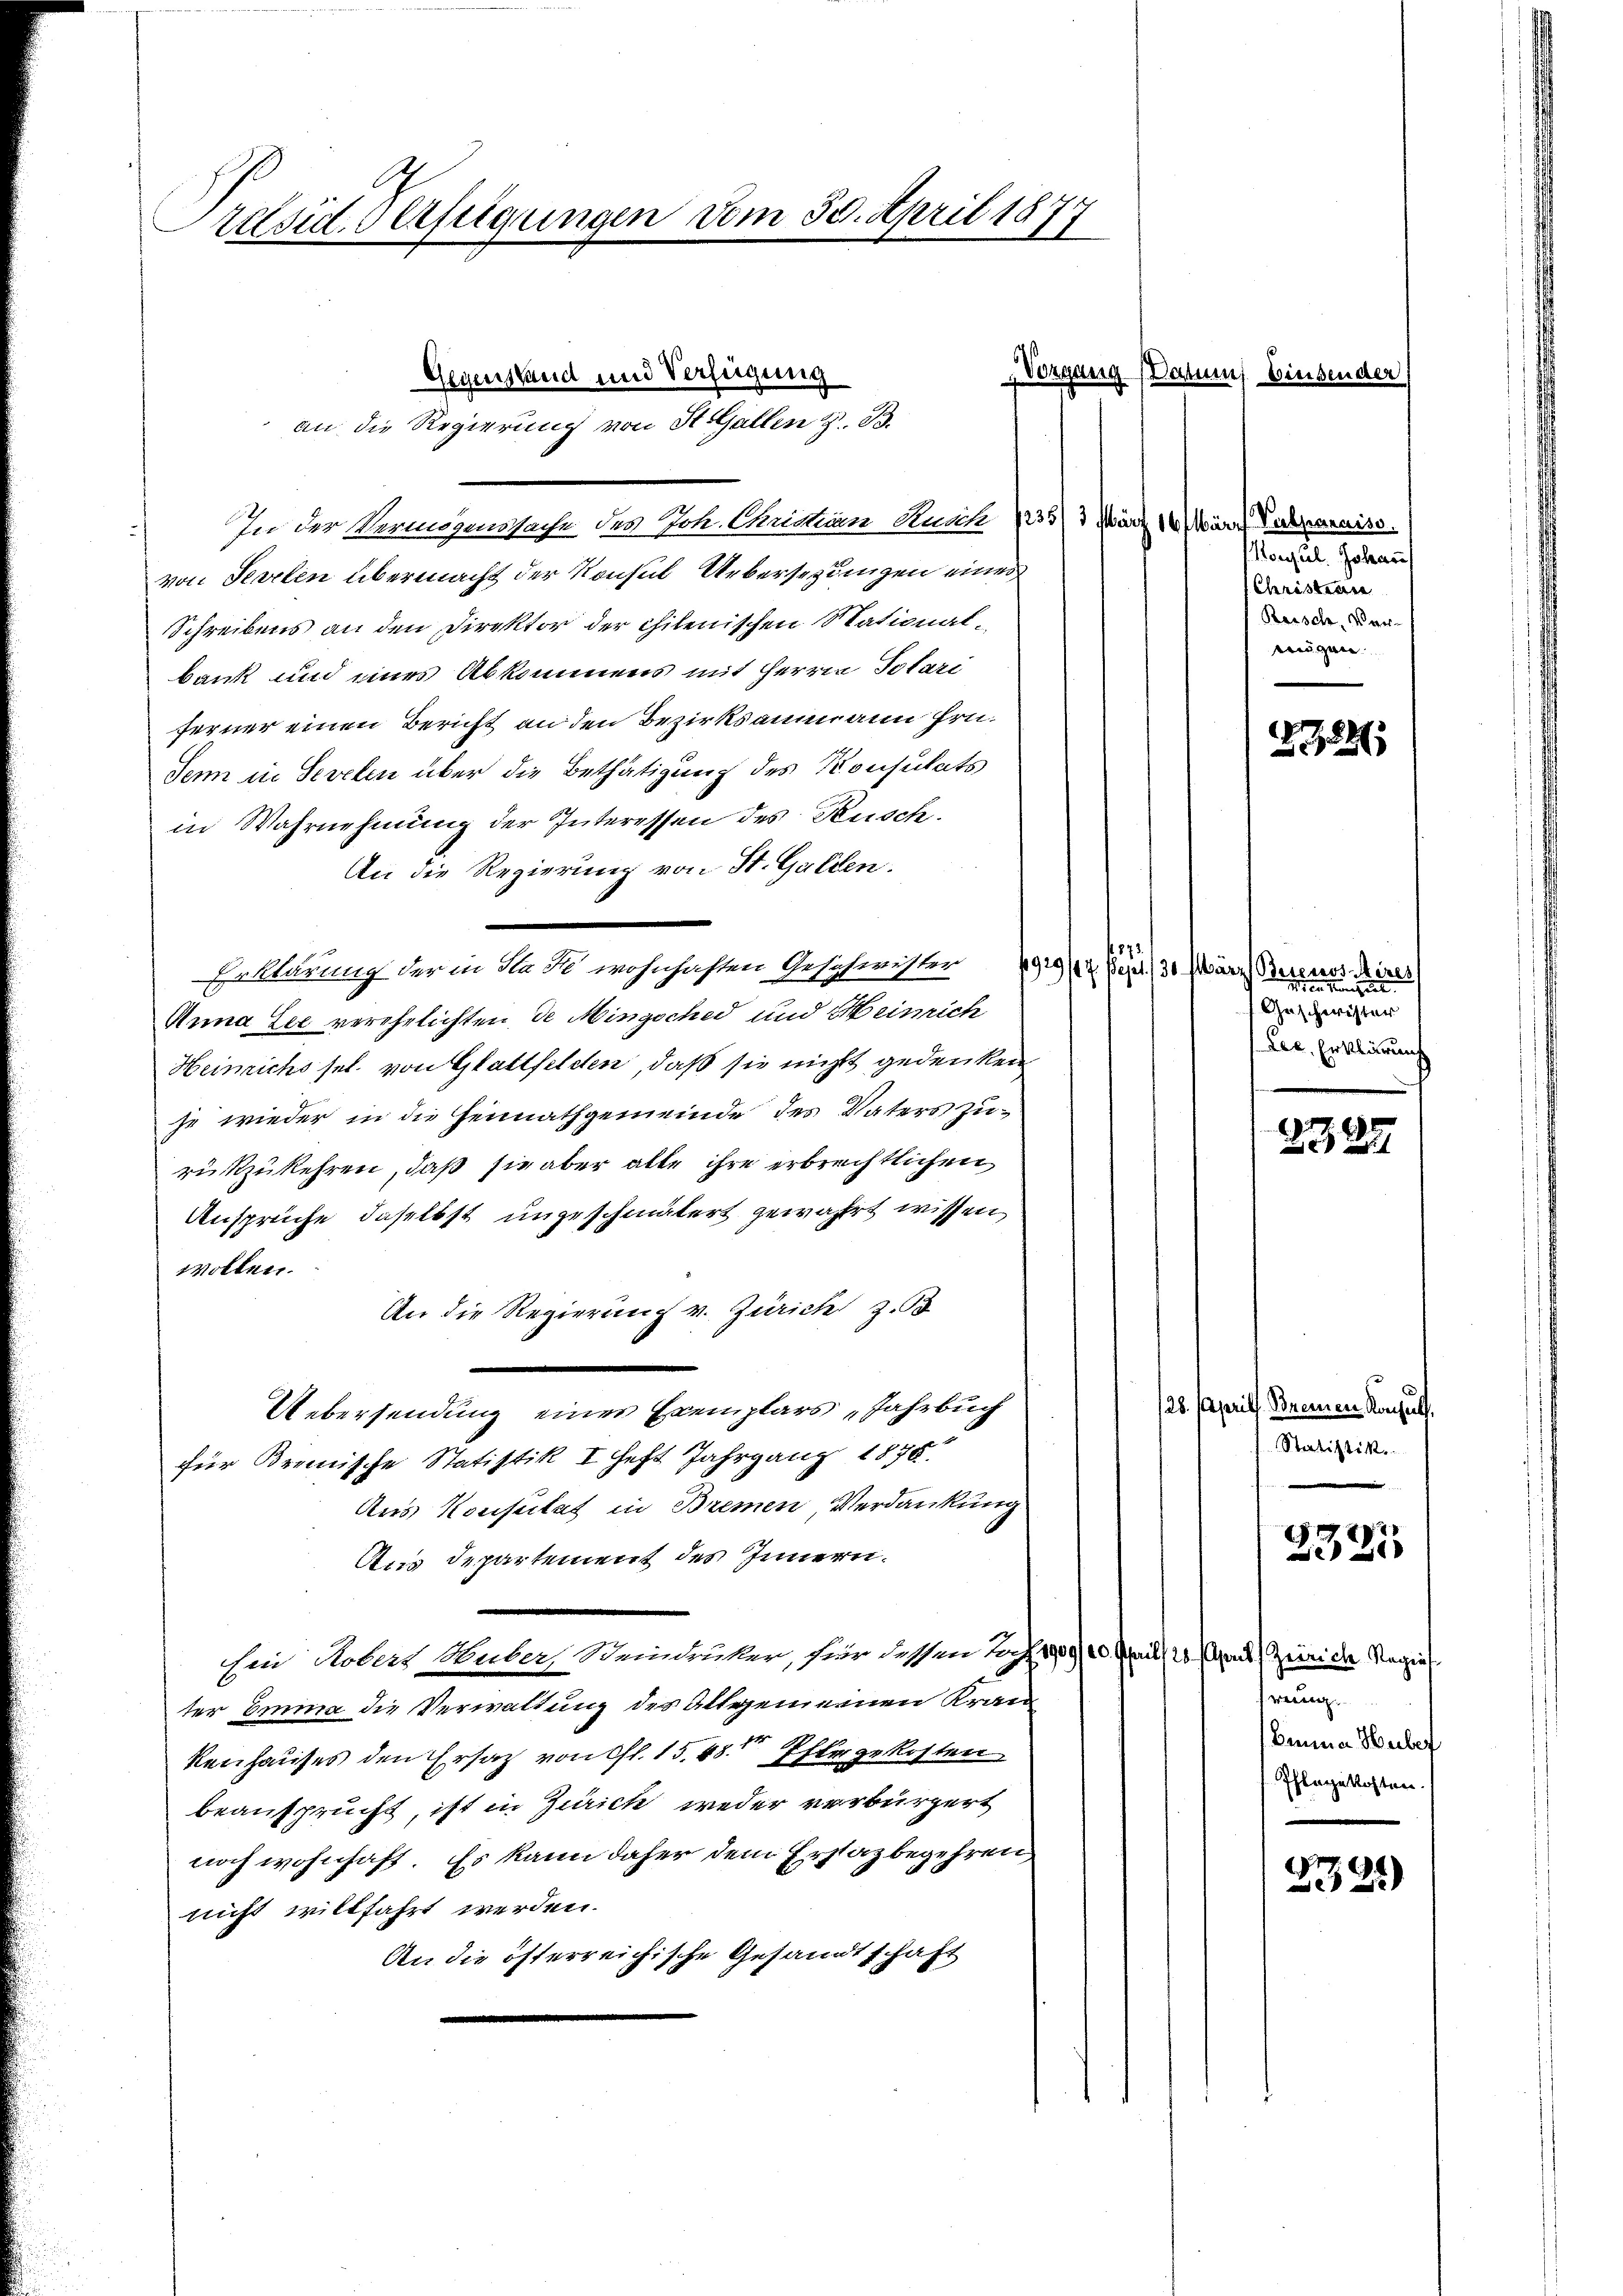
Présid. Verfügungen vom 30. April 1877

Gegenstand und Verfügung
an die Regierung von St.Gallen z. B.

Vorgang

In der Vermögenstsache des Joh. Chridian Auch 7235/ 3 März 16 März abmaraiss
von Serrten übermacht der Konsul Uebersezungen eines
Schreibens an den Direktor der chilenischen Stationalbank und eines Abkommens mit Herren Solari
ferner einen Bericht an den Bezirksammann Hrn.
Senn in Sereten über die Bethätigung des Konsulats
in Wahrnehmung der Interessen des Rusch.
An die Regierung von St. Gallen.
Erklärung der in Nase wohnhaften Geschwisten 1919/2 Pejet 30 März Bersnos Aires
Anna Lee verehelichten de Mingsched und Meinrich
Heinrichs sel. von Glattfelden, daß sie nichts gedenken
je wieder in die Heimathgemeinde des Vaters Zurükzukehren, daß sie aber alte ihre erbrechtlichen
Ansprüche daselbst ungeschmälert gewährt wissen,
wollen.
An die Regierung v. Zürich z. B
Uebersendung eines Exemplars „Jahrbuch
für Bremische Statistik I heft Jahrgang 1875
Aus Konsulat in Bremen, Verdankung
Ans Departement des Innern.
hin Robers Hubers Weindrucker, für dessen Bez. 1909/10. April 20 April (Zürich Regieter Emma die Verwaltung des Altgemeinen Kran
kenhauses den Ersatz von Cl. 15,48 Pflegekosten
beansprucht, ist in Zürich weder verbürgert
noch wohnhaft. Es kann daher dem Erstat begehren
nicht willfahrt werden.
An die österreichische Gesandtschaft

Datum, Einsender

ougul. Johann
Christiere
Reische, Vernugen.

1873
sie einen eine
Geschwister
Lee. Erklärung

2784

2389

28. April. Bremen Konsuls.
Statistik

2323

werin
Bemina Hubef
Pflegekosten.

7.
22)